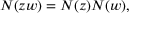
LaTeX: N ( z w ) = N ( z ) N ( w ) ,